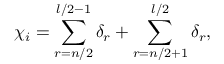
\chi _ { i } = \sum _ { r = n / 2 } ^ { l / 2 - 1 } \delta _ { r } + \sum _ { r = n / 2 + 1 } ^ { l / 2 } \delta _ { r } ,